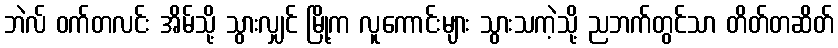
ဘဲလ် ဝက်တလင်း အိမ်သို့ သွားလျှင် မြို့က လူကောင်းများ သွားသကဲ့သို့ ညဘက်တွင်သာ တိတ်တဆိတ်